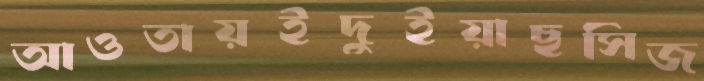
আওতায়ইদুইয়াছসিজ